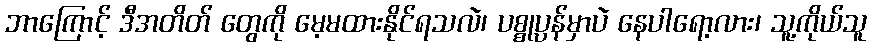
ဘာကြောင့် ဒီအတိတ် တွေကို မေ့မထားနိုင်ရသလဲ၊ ပစ္စုပ္ပန်မှာပဲ နေပါရော့လား၊ သူ့ကိုယ်သူ